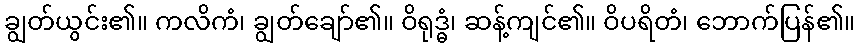
ချွတ်ယွင်း၏။ ကလိကံ၊ ချွတ်ချော်၏။ ဝိရုဒ္ဓံ၊ ဆန့်ကျင်၏။ ဝိပရိတံ၊ ဘောက်ပြန်၏။